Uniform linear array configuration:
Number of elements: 4
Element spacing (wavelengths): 0.25
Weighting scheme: hamming
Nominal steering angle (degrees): -15
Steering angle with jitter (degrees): -14.952
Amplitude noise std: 0.05
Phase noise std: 0.05

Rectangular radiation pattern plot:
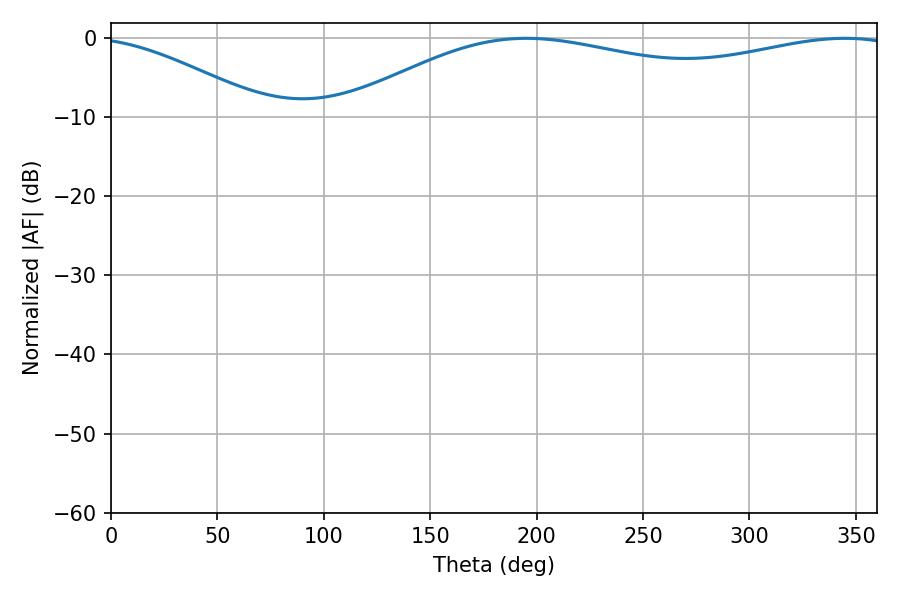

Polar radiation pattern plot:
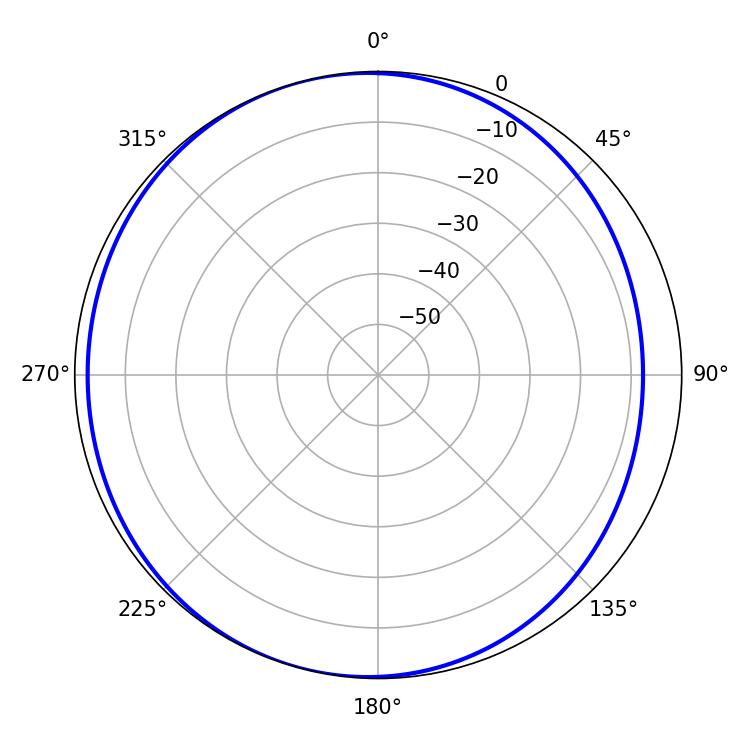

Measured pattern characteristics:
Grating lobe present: FALSE
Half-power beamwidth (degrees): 212.76
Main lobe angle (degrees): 195.12